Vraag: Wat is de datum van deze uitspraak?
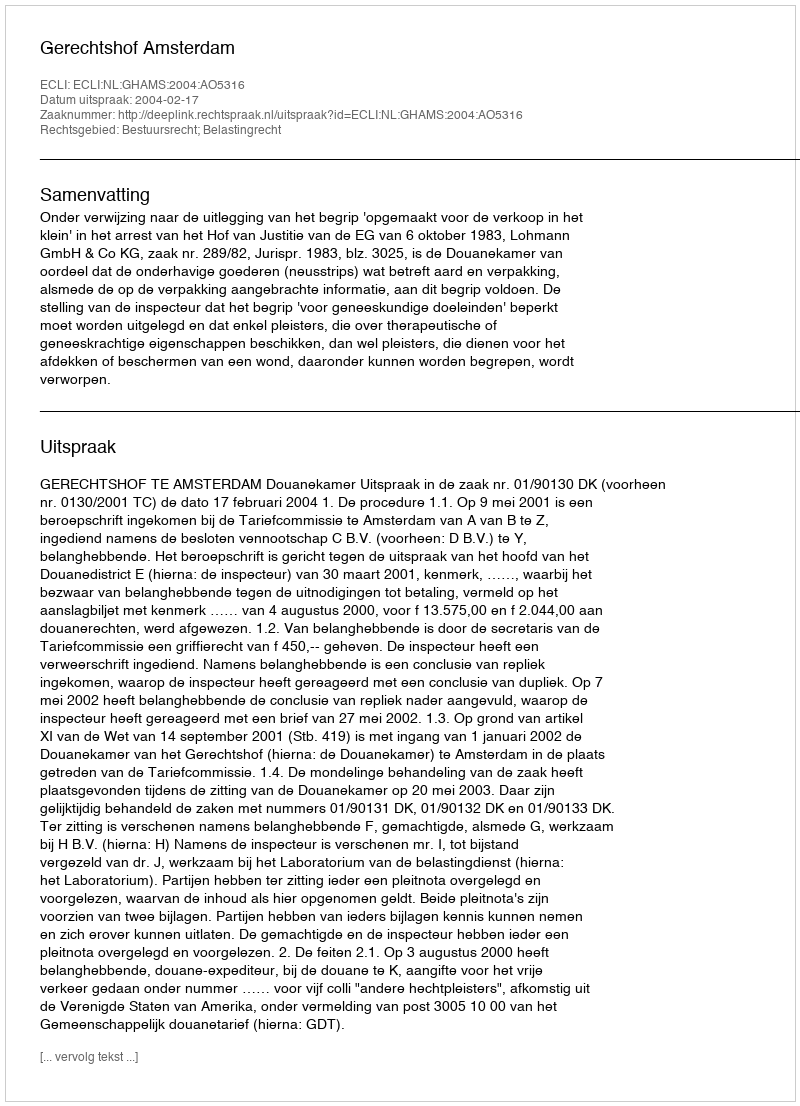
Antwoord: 2004-02-17